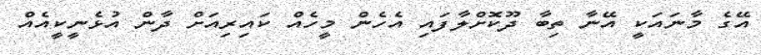
އޭގެ މާނައަކީ އޭނާ ތިބާ ދޫކޮށްލާފައި އެހެން މީހެއް ކައިރިއަށް ދާން އުޅެނީކީއެއް